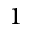
1